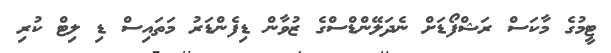
ޓީމުގެ މާކަސް ރަޝްފޯޑަށް ނެދަލޭންޑްސްގެ ޒުވާން ޑިފެންޑަރު މަތައިސް ޑި ލިޓް ކުރި